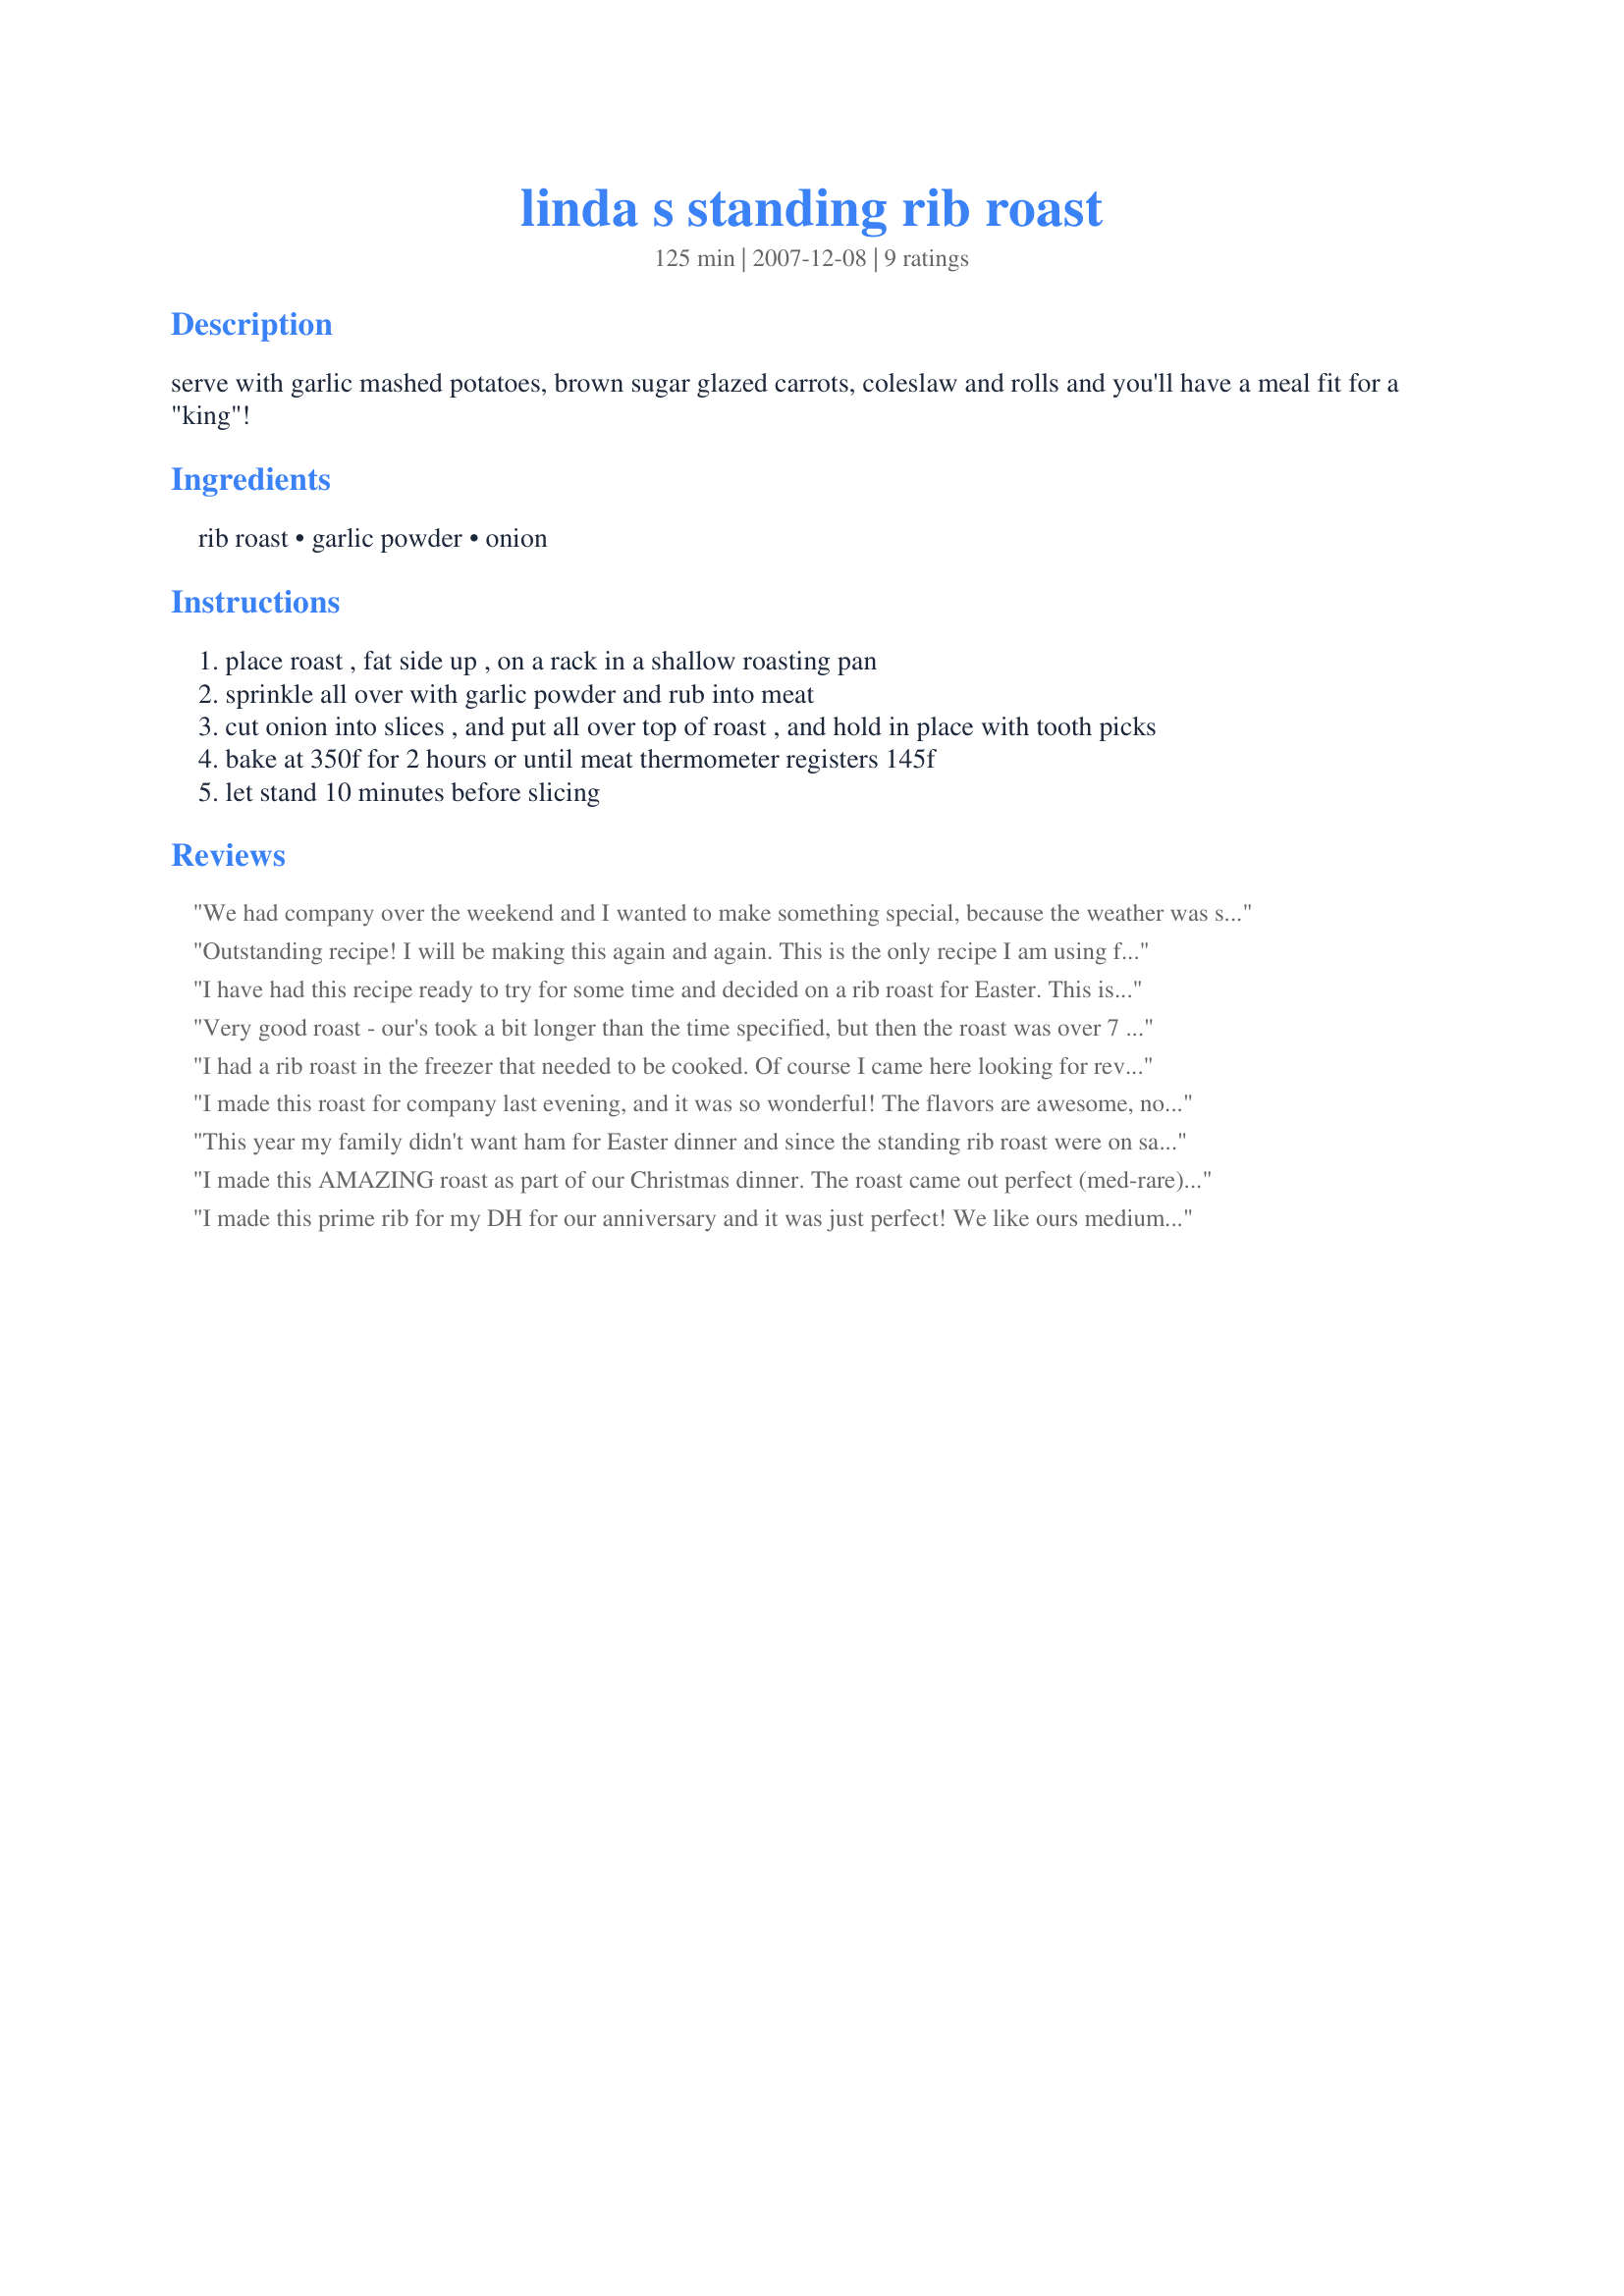
linda s standing rib roast
Preparation time: 125 minutes

serve with garlic mashed potatoes, brown sugar glazed carrots, coleslaw and rolls and you'll have a meal fit for a "king"!

Ingredients:
rib roast, garlic powder, onion

Steps:
place roast , fat side up , on a rack in a shallow roasting pan
sprinkle all over with garlic powder and rub into meat
cut onion into slices , and put all over top of roast , and hold in place with tooth picks
bake at 350f for 2 hours or until meat thermometer registers 145f
let stand 10 minutes before slicing

Reviews:
We had company over the weekend and I wanted to make something special, because the weather was so lousy. I got a 6 rib roast and decided to try this recipe. I sure am glad I did, as the roast came out perfect. Tender and juicy, with great flavor. Nothing overpowered the flavor of the roast. We all devoured it! This is the way I will be making my rib roasts from now on. Simple and delicious! Diane
Outstanding recipe! I will be making this again and again. This is the only recipe I am using from now on. So good and soooooooo easy, which is especially good around the holidays when time is of the essence!
I have had this recipe ready to try for some time and decided on a rib roast for Easter. This is one heck of a tasty piece of meat. My company devoured the whole roast by the end of the meal. Love the simplicity, yet great flavor of this roast. Our roast came out exactly like we like it in 2 hrs. (med-rare). I will use this recipe many times!
Very good roast - our's took a bit longer than the time specified, but then the roast was over 7 pounds, so that was expected. Served this with potatoes and carrots for a wonderful dinner! Thanks for sharing!
I had a rib roast in the freezer that needed to be cooked. Of course I came here looking for reviews. I didn't want anything complicated and I wanted it to cook while I was at church. This recipe was fantastic! I seasoned the outside of the roast and then put the onions on. I set the oven for 1 hour and 30 minutes because I wouldn't be home when it shut off. I could have cooked it just a little longer...maybe another 15 or so minutes for a 5.25 lb roast. It was medium rare at the outside but rare inside.
I made this roast for company last evening, and it was so wonderful! The flavors are awesome, not to mention easy and quick to get ready for the oven. I cooked mine exactly 2 hrs. and it came out perfectly medium rare, just like we like it. Thanks for sharing Linda! Wiggie
This year my family didn't want ham for Easter dinner and since the standing rib roast were on sale, that is what I decided to make. I make mine this same as yours except I didn't add the onion. The onion add alot of additional flavor to the meat and then the gravy. My family prefers a rib roast that is med to med-well, so I cooked mine longer. Served this with mashed potatoes, corn and homemade rolls for a wonderful meal. Thanks for sharing Linda and now be always adding the onion to my beef roasts. Made for Gimme 5 tag game.
I made this AMAZING roast as part of our Christmas dinner. The roast came out perfect (med-rare) and was really easy to prepare and get in the oven which is definately a plus while preparing a huge dinner! I have saved this to make soon. Thanks Linda! Debbie
I made this prime rib for my DH for our anniversary and it was just perfect! We like ours medium rare and we got just what we asked for! Tender and flavors throughout the meat, it was everything I had hoped it would be and more. Flavors couldn't have been any better! This will be my go to recipe for prime rib from now on!
